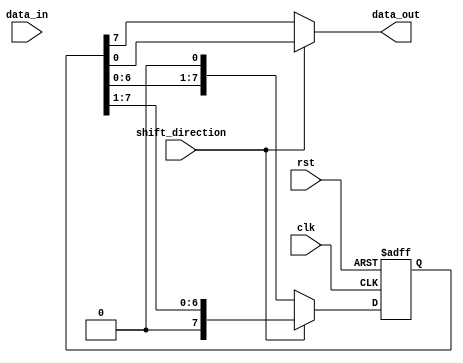
module bidirectional_shift_register (
    input clk,
    input rst,
    input shift_direction,
    input data_in,
    output reg data_out
);

reg [7:0] register;

always @(posedge clk or posedge rst) begin
    if (rst)
        register <= 8'b00000000; // Reset the register
    else if (shift_direction) // Shift Right
        register <= {1'b0, register[7:1]};
    else // Shift Left
        register <= {register[6:0], 1'b0};
end

always @* begin
    if (shift_direction)
        data_out = register[0];
    else
        data_out = register[7];
end

endmodule